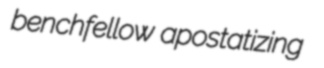
benchfellow apostatizing